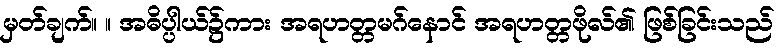
မှတ်ချက်။ ။ အဓိပ္ပါယ်၌ကား အရဟတ္တမဂ်နောင် အရဟတ္တဖိုလ်၏ ဖြစ်ခြင်းသည်